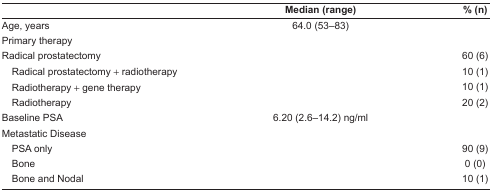
<table><thead><tr><td></td><td><b>Median (range)</b></td><td><b>% (n)</b></td></tr></thead><tbody><tr><td>Age, years</td><td>64.0 (53–83)</td><td></td></tr><tr><td>Primary therapy</td><td></td><td></td></tr><tr><td>Radical prostatectomy</td><td></td><td>60 (6)</td></tr><tr><td> Radical prostatectomy + radiotherapy</td><td></td><td>10 (1)</td></tr><tr><td> Radiotherapy + gene therapy</td><td></td><td>10 (1)</td></tr><tr><td> Radiotherapy</td><td></td><td>20 (2)</td></tr><tr><td>Baseline PSA</td><td>6.20 (2.6–14.2) ng/ml</td><td></td></tr><tr><td colspan="3">Metastatic Disease</td></tr><tr><td> PSA only</td><td></td><td>90 (9)</td></tr><tr><td> Bone</td><td></td><td>0 (0)</td></tr><tr><td> Bone and Nodal</td><td></td><td>10 (1)</td></tr></tbody></table>